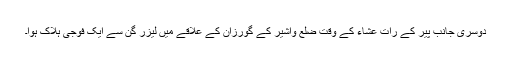
دوسری جانب پیر کے رات عشاء کے وقت ضلع واشیر کے گورزان کے علاقے میں لیزر گن سے ایک فوجی ہلاک ہوا۔